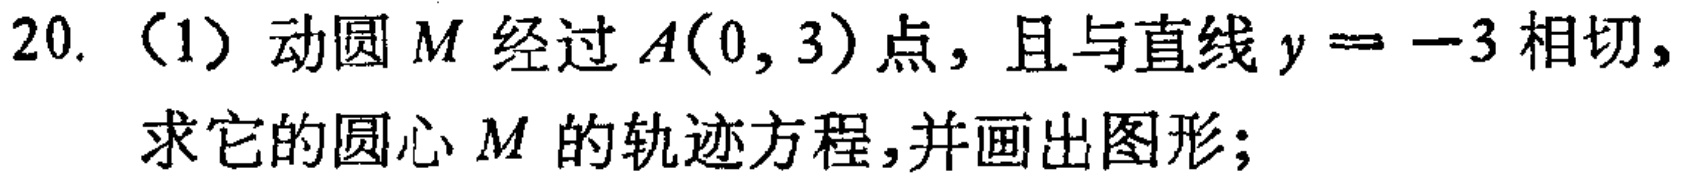
20. （1）动圆 \(M\) 经过 \(A(0,3)\) 点，且与直线 \(y = -3\) 相切，求它的圆心 \(M\) 的轨迹方程，并画出图形；